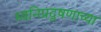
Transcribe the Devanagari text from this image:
ध्वनिप्रदूषणाच्या